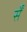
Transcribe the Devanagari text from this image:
र्सें